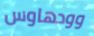
وودهاوس